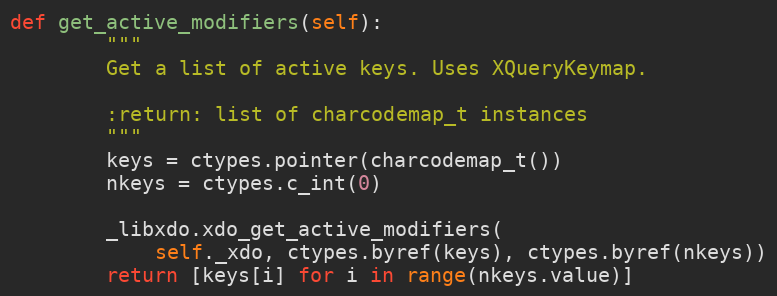
Language: Python
def get_active_modifiers(self):
        """
        Get a list of active keys. Uses XQueryKeymap.

        :return: list of charcodemap_t instances
        """
        keys = ctypes.pointer(charcodemap_t())
        nkeys = ctypes.c_int(0)

        _libxdo.xdo_get_active_modifiers(
            self._xdo, ctypes.byref(keys), ctypes.byref(nkeys))
        return [keys[i] for i in range(nkeys.value)]